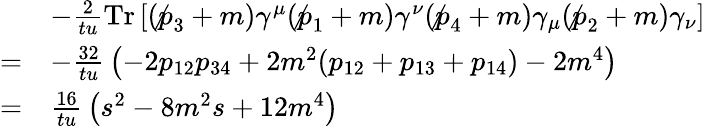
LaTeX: {\begin{array}{rl}&{-{\frac{2}{tu}}\mathrm{Tr}\left[(\not p_{3}+m)\gamma^{\mu}(\not p_{1}+m)\gamma^{\nu}(\not p_{4}+m)\gamma_{\mu}(\not p_{2}+m)\gamma_{\nu}\right]}\\ {=}&{-{\frac{32}{tu}}\left(-2p_{12}p_{34}+2m^{2}(p_{12}+p_{13}+p_{14})-2m^{4}\right)}\\ {=}&{{\frac{16}{tu}}\left(s^{2}-8m^{2}s+12m^{4}\right)}\end{array}}